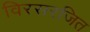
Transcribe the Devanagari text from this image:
विरसरजित